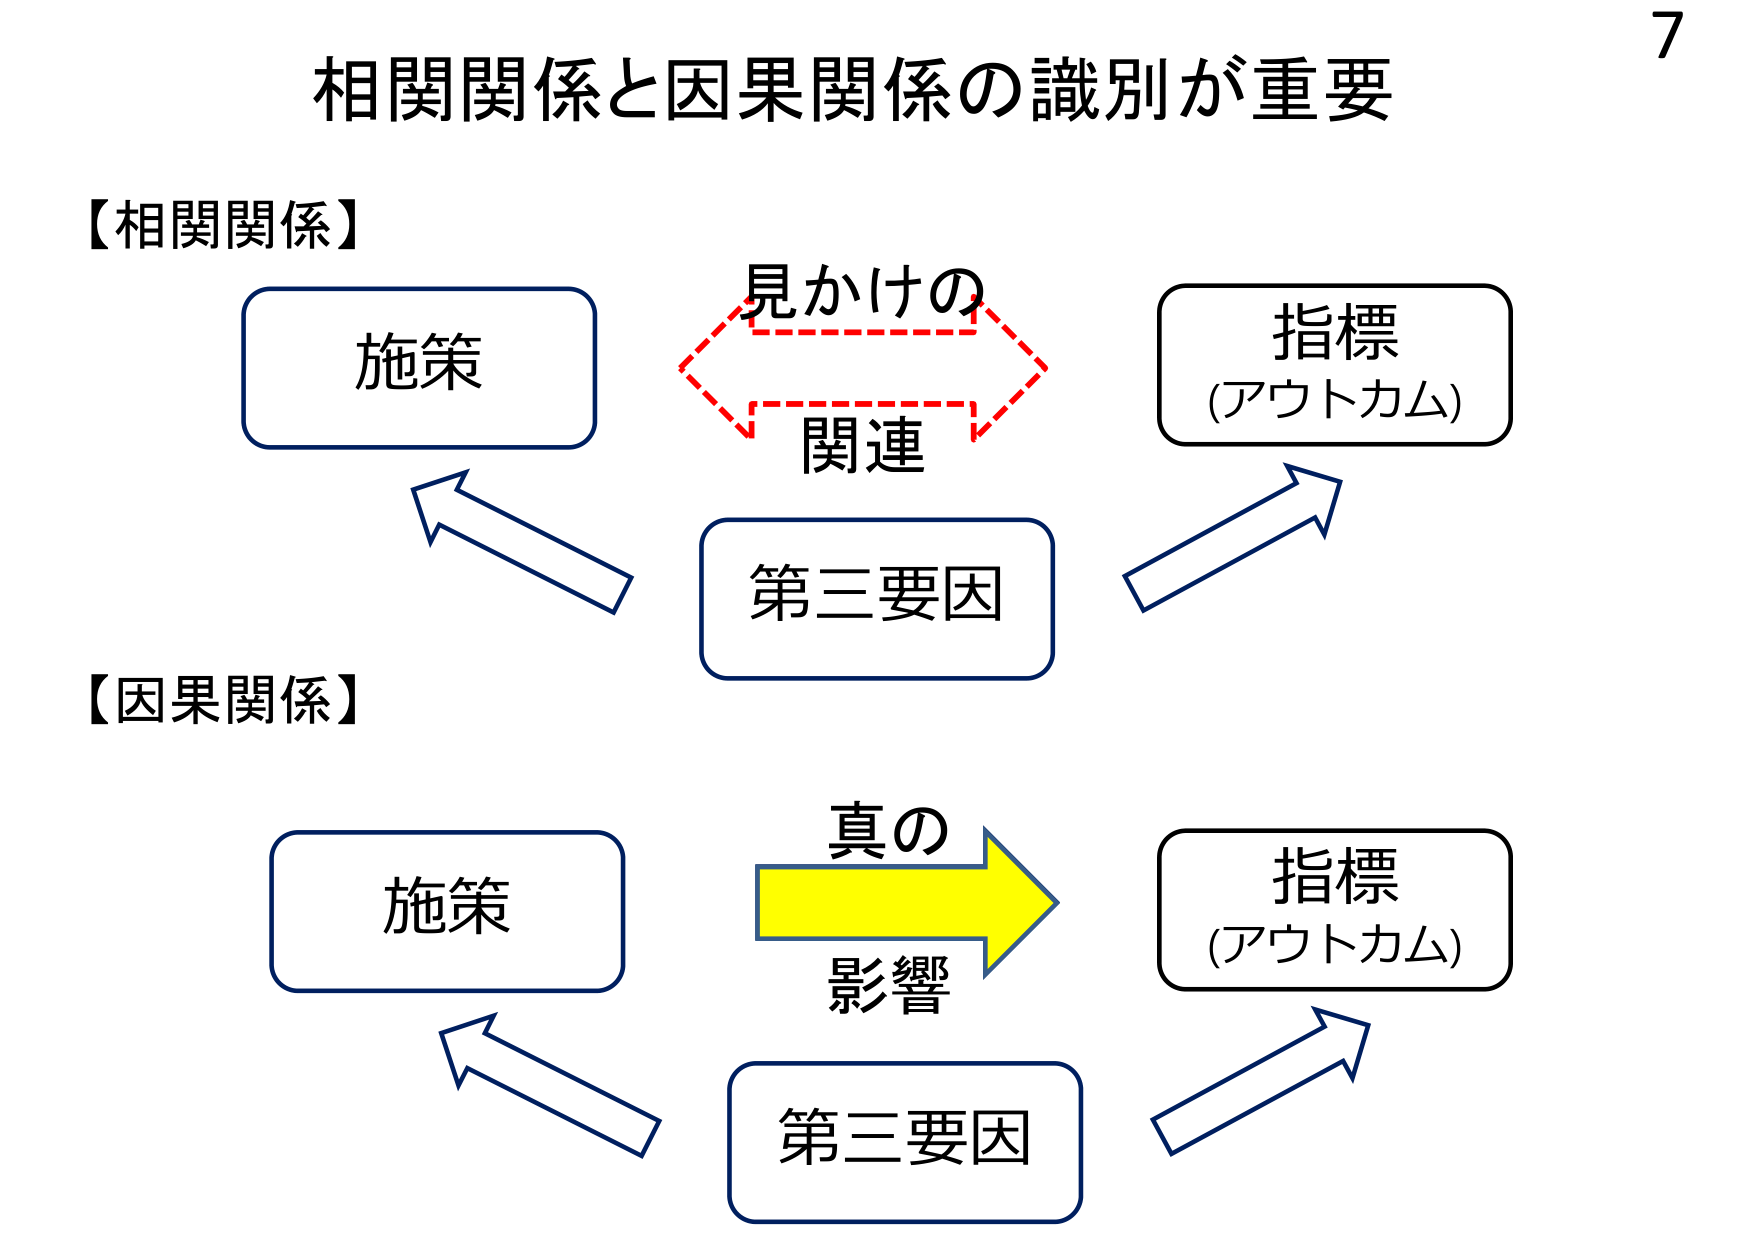
7
相関関係と因果関係の識別が重要
【相関関係】
施策
見かけの
関連
指標
(アウトカム)
第三要因
【因果関係】
施策
真の
影響
指標
(アウトカム)
第三要因